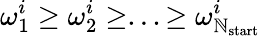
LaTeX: \omega_{1}^{i}\geq\omega_{2}^{i}\geq...\geq\omega_{\mathbb{N}_{\mathrm{{start}}}}^{i}